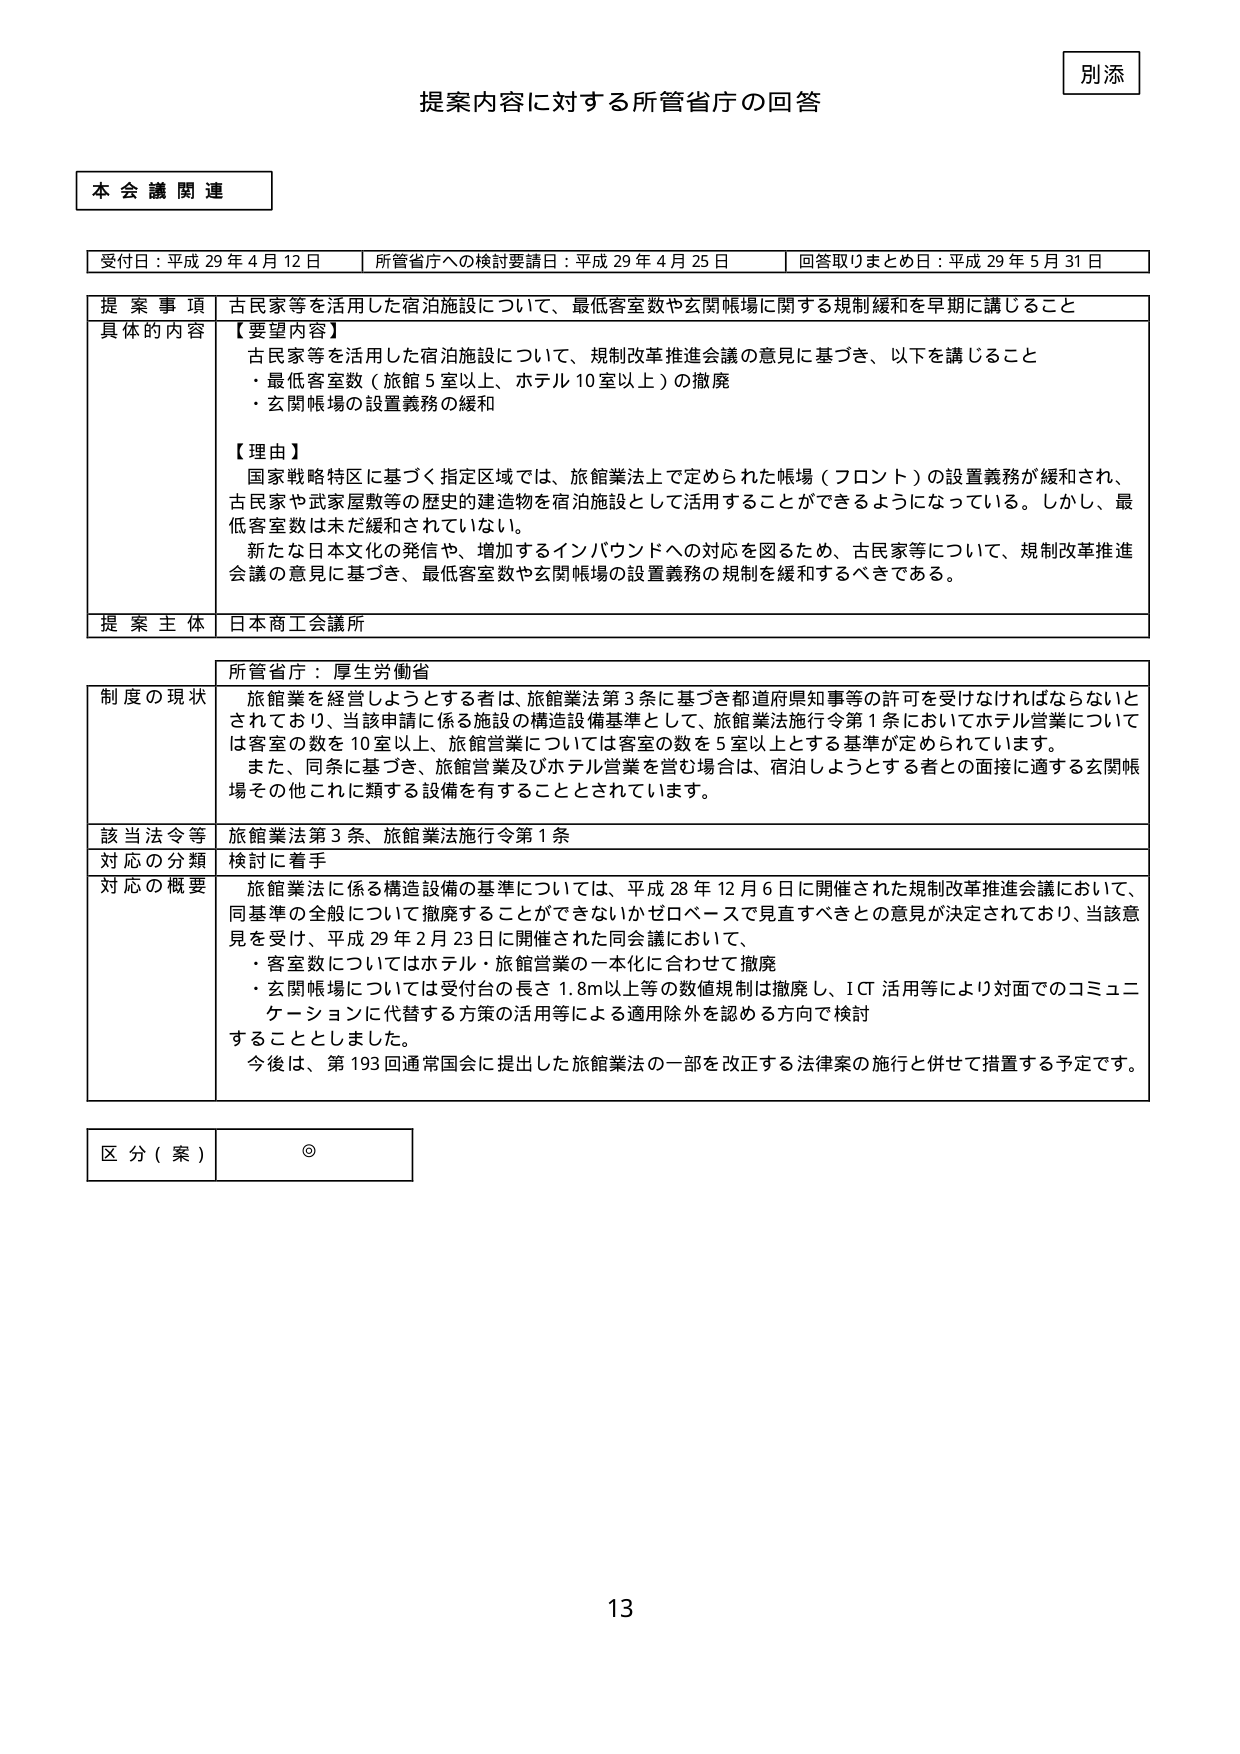
別添
提案内容に対する所管省庁の回答

本会議関連

受付日：平成29年4月12日　　所管省庁への検討要請日：平成29年4月25日　　回答取りまとめ日：平成29年5月31日

提案事項　古民家等を活用した宿泊施設について、最低客室数や玄関帳場に関する規制緩和を早期に講じること

具体的内容
【要望内容】
古民家等を活用した宿泊施設について、規制改革推進会議の意見に基づき、以下を講じること
・最低客室数（旅館5室以上、ホテル10室以上）の撤廃
・玄関帳場の設置義務の緩和

【理由】
国家戦略特区に基づく指定区域では、旅館業法上で定められた帳場（フロント）の設置義務が緩和され、
古民家や武家屋敷等の歴史的建造物を宿泊施設として活用することができるようになっている。しかし、最低客室数は未だ緩和されていない。
新たな日本文化の発信や、増加するインバウンドへの対応を図るため、古民家等について、規制改革推進会議の意見に基づき、最低客室数や玄関帳場の設置義務の規制を緩和するべきである。

提案主体　日本商工会議所

所管省庁：厚生労働省

制度の現状
旅館業を経営しようとする者は、旅館業法第3条に基づき都道府県知事等の許可を受けなければならないとされており、当該申請に係る施設の構造設備基準として、旅館業法施行令第1条においてホテル営業については客室の数を10室以上、旅館営業については客室の数を5室以上とする基準が定められています。
また、同条に基づき、旅館営業及びホテル営業を営む場合は、宿泊しようとする者との面接に適する玄関帳場その他これに類する設備を有することとされています。

該当法令等　旅館業法第3条、旅館業法施行令第1条
対応の分類　検討に着手

対応の概要
旅館業法に係る構造設備の基準については、平成28年12月6日に開催された規制改革推進会議において、同基準の全般について撤廃することができないかゼロベースで見直すべきとの意見が決定されており、当該意見を受け、平成29年2月23日に開催された同会議において、
・客室数についてはホテル・旅館営業の一本化に合わせて撤廃
・玄関帳場については受付台の長さ1.8m以上等の数値規制は撤廃し、ICT活用等により対面でのコミュニケーションに代替する方策の活用等による適用除外を認める方向で検討することとしました。
今後は、第193回通常国会に提出した旅館業法の一部を改正する法律案の施行と併せて措置する予定です。

区分（案）　◎

13